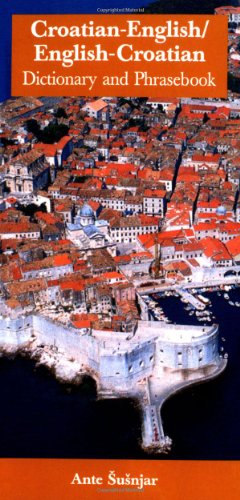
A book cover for Croatian-English/English-Croatian: Dictionary and Phrasebook (Dictionary and Phrasebooks); Ante Antunovic Susnjar; Travel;